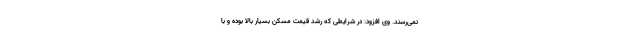
نمی‌رسند. وی افزود: در شرایطی که رشد قیمت مسکن بسیار بالا بوده و با